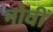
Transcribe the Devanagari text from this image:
नोवीं